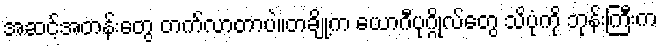
အဆင့်အတန်းတွေ တက်လာတာပဲ။တချို့က ယောဂီပုဂ္ဂိုလ်တွေ သိပုံကို ဘုန်းကြီးက